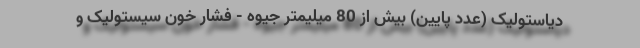
دیاستولیک (عدد پایین) بیش از 80 میلیمتر جیوه - فشار خون سیستولیک و